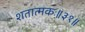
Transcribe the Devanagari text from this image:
शतात्मकः॥३१॥